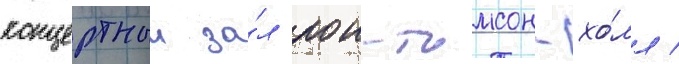
концертныи за́л рои-томсон-хо́лл /